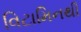
વિટામિનથી